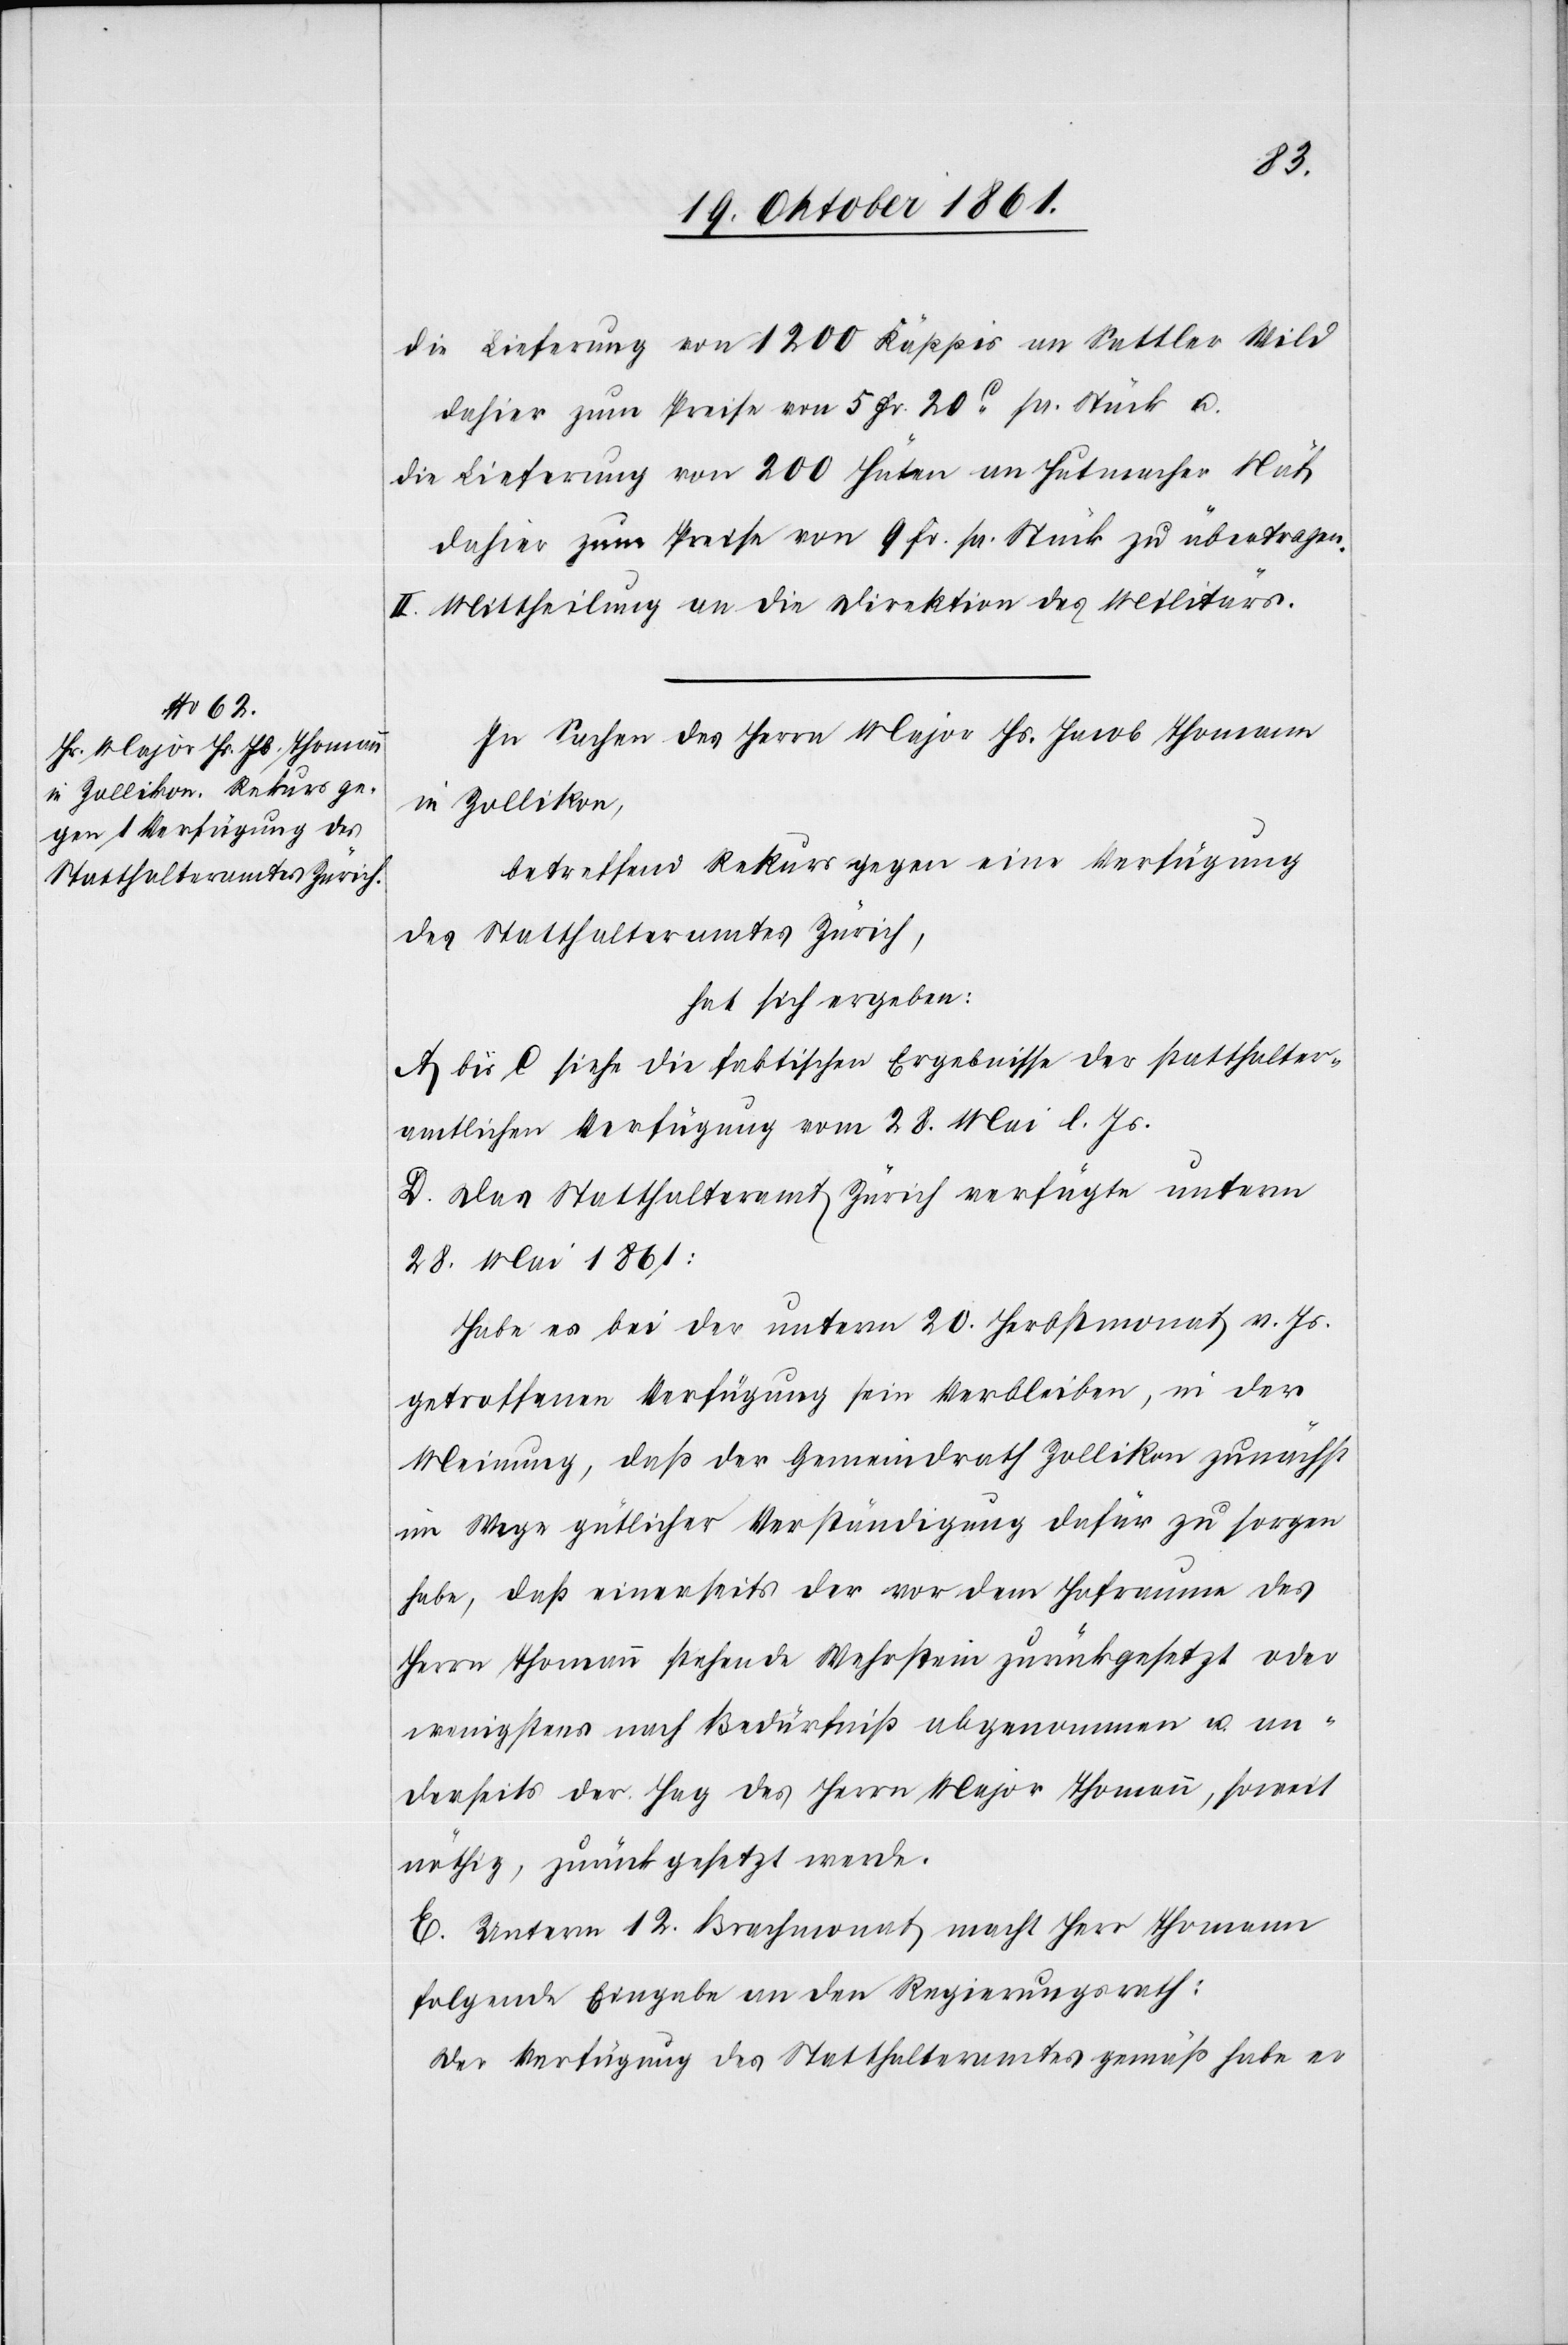
die Lieferung von 1200 Käppis an Sattler Wild
dahier zum Preise von 5 Fr. 20c. pr. Stück u.
die Lieferung von 200 Hüten an Hutmacher Näf
dahier zum Preise von 9 Fr. pr. Stück zu übertragen.
II. Mittheilung an die Direktion des Militärs.
In Sachen des Herrn Major Hs. Jacob Thomann
in Zollikon,
betreffend Rekurs gegen eine Verfügung
des Statthalteramtes Zürich,
hat sich ergeben:
A. bis C siehe die faktischen Ergebnisse der statthalter¬
amtlichen Verfügung vom 28 Mai l. Js.
D. Das Statthalteramt Zürich verfügte unterm
28 Mai 1861:
Habe es bei der unterm 20 Herbstmonat v. Js.
getroffenen Verfügung sein Verbleiben, in der
Meinung, daß der Gemeindrath Zollikon zunächst
im Wege gütlicher Verständigung dafür zu sorgen
habe, daß einerseits der vor dem Hofraume des
Herrn Thomann stehende Wehrstein zurückgesetzt oder
wenigstens nach Bedürfniß abgenommen u. an¬
derseits der Hag des Herrn Major Thomann, soweit
nöthig, zurückgesetzt werde.
E. Unterm 12 Brachmonat macht Herr Thomann
folgende Eingabe an den Regierungsrath:
Der Verfügung des Statthalteramtes gemäß habe er